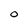
Character: O